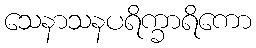
သေနာသနပရိက္ခာရိကော